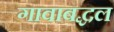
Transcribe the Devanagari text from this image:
गावाबद्धल